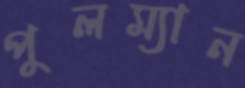
পুলম্যান